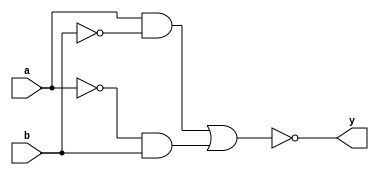
module xor_gate(input a, input b, output y);

wire and1_out, and2_out, or_out, not_out;

assign and1_out = a & ~b;
assign and2_out = ~a & b;
assign or_out = and1_out | and2_out;
assign not_out = ~or_out;
assign y = not_out;

endmodule